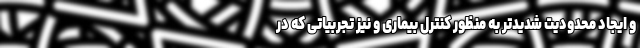
و ایجاد محدودیت شدیدتر به منظور کنترل بیماری و نیز تجربیاتی که در